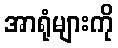
အာရုံများကို